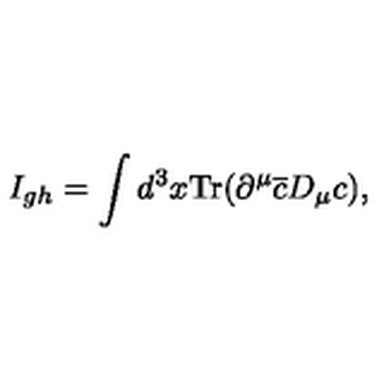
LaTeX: I _ { g h } = \int d ^ { 3 } x \mathrm { T r } ( \partial ^ { \mu } \overline { { c } } D _ { \mu } c ) ,